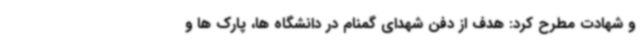
و شهادت مطرح کرد: هدف از دفن شهدای گمنام در دانشگاه ها، پارک ها و